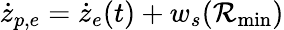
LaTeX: \dot{z}_{p,e}=\dot{z}_{e}(t)+w_{s}(\mathcal{R}_{\textrm{min}})